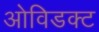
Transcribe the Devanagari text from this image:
ओविडक्ट